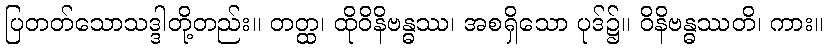
ပြတတ်သောသဒ္ဒါတို့တည်း။ တတ္ထ၊ ထိုဝိနိဗန္ဓဿ၊ အစရှိသော ပုဒ်၌။ ဝိနိဗန္ဓဿတိ၊ ကား။